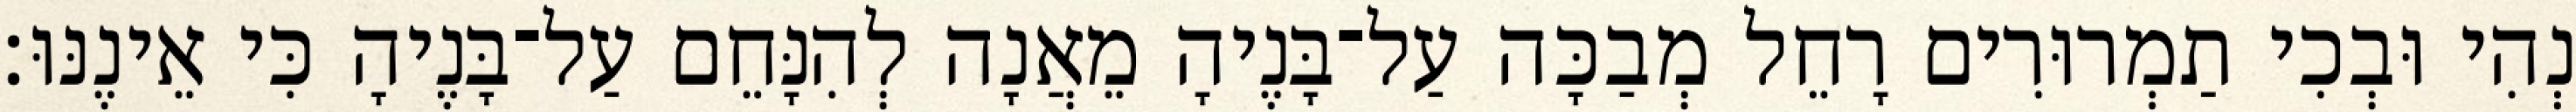
נְהִי וּבְכִי תַמְרוּרִים רָחֵל מְבַכָּה עַל־בָּנֶיהָ מֵאֲנָה לְהִנָּחֵם עַל־בָּנֶיהָ כִּי אֵינֶנּוּ׃